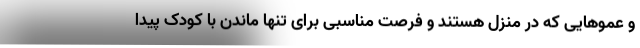
و عموهایی که در منزل هستند و فرصت مناسبی برای تنها ماندن با کودک پیدا